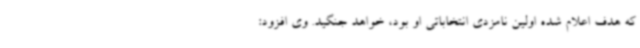
که هدف اعلام شده اولین نامزدی انتخاباتی او بود، خواهد جنگید. وی افزود: